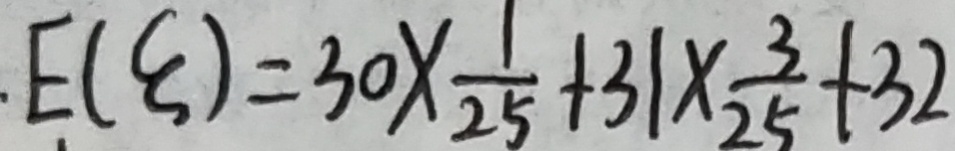
E ( \varepsilon ) = 3 0 \times \frac { 1 } { 2 5 } + 3 1 \times \frac { 3 } { 2 5 } + 3 2